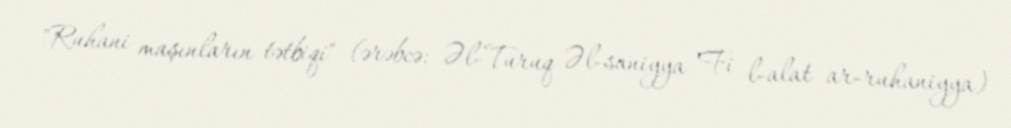
"Ruhani maşınların tətbiqi" (ərəbcə: Əl-Turuq Əl-saniyya Fi l-alat ar-ruhaniyya)